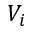
V _ { i }